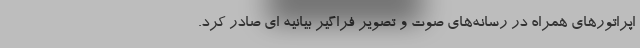
اپراتورهای همراه در رسانه‌های صوت و تصویر فراگیر بیانیه ای صادر کرد.